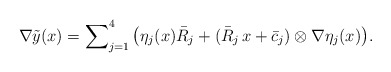
\begin{align*}\nabla \tilde{y}(x)& = \sum\nolimits^4_{j=1} \big( \eta_j(x) \bar{R}_j + ( \bar{R}_j\,x + \bar{c}_j) \otimes\nabla \eta_j(x)\big). \end{align*}